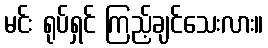
မင်း ရုပ်ရှင် ကြည့်ချင်သေးလား။